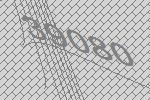
39080